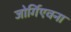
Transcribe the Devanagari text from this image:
जोर्गिएवना